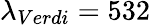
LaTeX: \lambda_{Verdi}=532